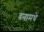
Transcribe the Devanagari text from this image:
वनामधे